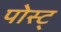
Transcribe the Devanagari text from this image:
पोस्ट्